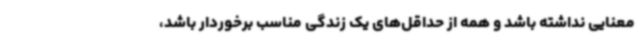
معنایی نداشته ‌باشد و همه از حداقل‌های یک زندگی مناسب برخوردار باشد،